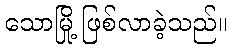
သောမြို့ ဖြစ်လာခဲ့သည်။